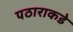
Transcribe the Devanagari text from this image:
पठाराकडे